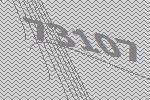
73107